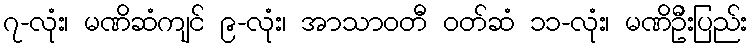
၇-လုံး၊ မဏိဆံကျင် ၉-လုံး၊ အာသာဝတီ ဝတ်ဆံ ၁၁-လုံး၊ မဏိဦးပြည်း